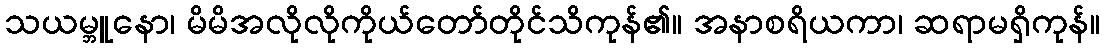
သယမ္ဘူနော၊ မိမိအလိုလိုကိုယ်တော်တိုင်သိကုန်၏။ အနာစရိယကာ၊ ဆရာမရှိကုန်။